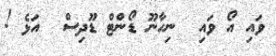
ވައި އޯ ވައި  ނިހާނޫ ޑޯންޓް ޑޫދިސް  އަޅެ !